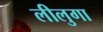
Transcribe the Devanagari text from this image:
लीलुगा